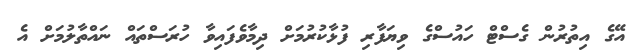
އޭގެ އިތުރުން ގެސްޓް ހައުސްގެ ވިޔަފާރި ފުޅާކުރުމަށް ދިމާވެފައިވާ ހުރަސްތައް ނައްތާލުމަށް އެ